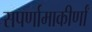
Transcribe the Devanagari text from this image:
सपर्णामाकीर्णां